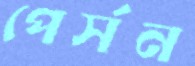
পের্সন